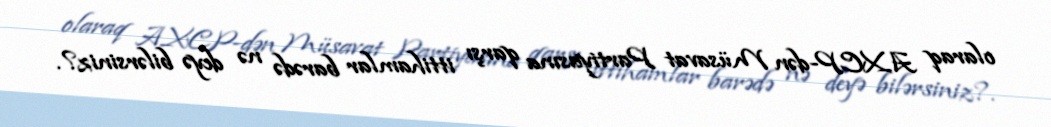
olaraq AXCP-dən Müsavat Partiyasına qarşı ittihamlar barədə nə deyə bilərsiniz?.